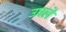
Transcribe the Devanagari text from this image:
उघले